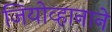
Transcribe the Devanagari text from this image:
जियोव्हानाने